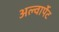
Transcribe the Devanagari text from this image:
अल्वार्पेट